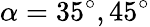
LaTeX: \alpha=35^{\circ},45^{\circ}